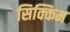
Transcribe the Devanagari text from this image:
सिक्किम